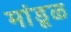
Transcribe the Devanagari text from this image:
मांडूळ